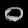
Digit: ၀